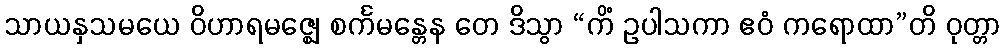
သာယနှသမယေ ဝိဟာရမဇ္ဈေ စင်္ကမန္တေန တေ ဒိသွာ “ကိံ ဥပါသကာ ဧဝံ ကရောထာ”တိ ဝုတ္တာ